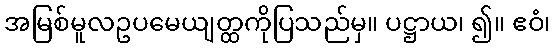
အမြစ်မူလဥပမေယျတ္ထကိုပြသည်မှ။ ပဋ္ဌာယ၊ ၍။ ဧဝံ၊